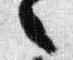
々